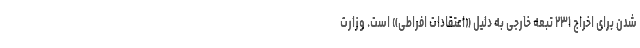
شدن برای اخراج ۲۳۱ تبعه خارجی به دلیل «اعتقادات افراطی» است. وزارت